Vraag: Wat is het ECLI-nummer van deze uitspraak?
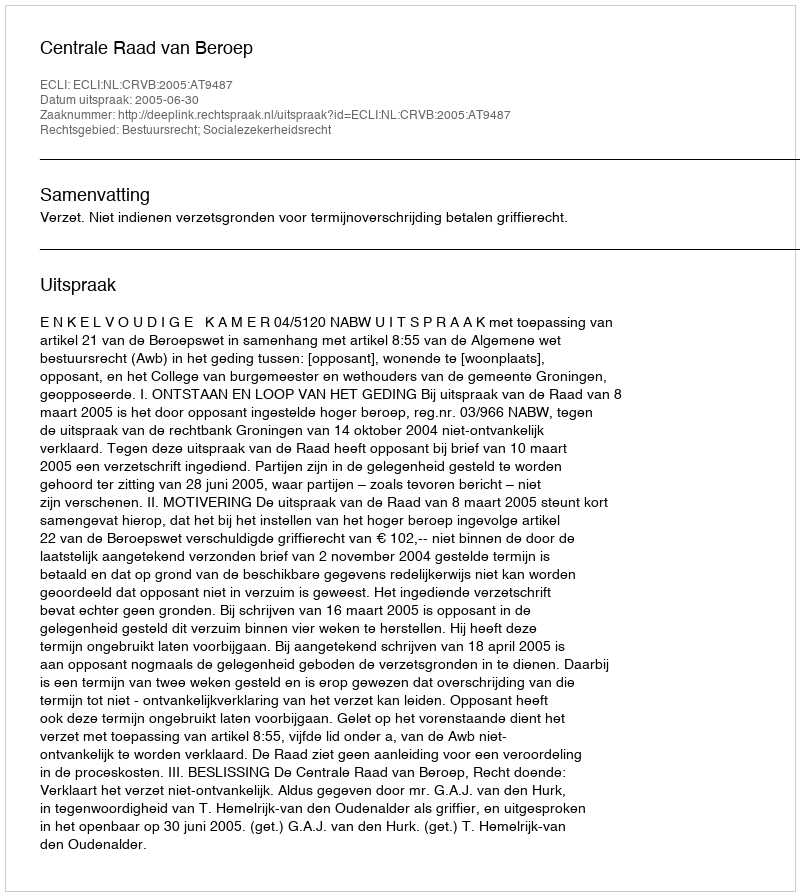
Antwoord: ECLI:NL:CRVB:2005:AT9487